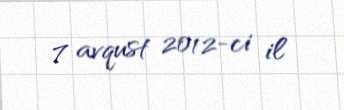
7 avqust 2012-ci il